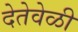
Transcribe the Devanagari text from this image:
देतेवेळी